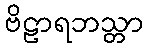
ဗိဠာရဘသ္တာ